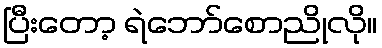
ပြီးတော့ ရဲဘော်စောညိုလို။